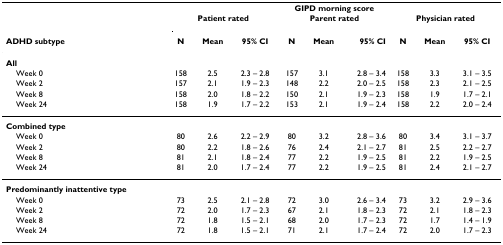
|  | <COLSPAN=9> GIPD morning score |
 |  | <COLSPAN=3> Patient rated | <COLSPAN=3> Parent rated | <COLSPAN=3> Physician rated |
 | ADHD subtype | N | Mean | 95% CI | N | Mean | 95% CI | N | Mean | 95% CI |
 | --- | --- | --- | --- | --- | --- | --- | --- | --- | --- |
 | All |  |  |  |  |  |  |  |  |  |
 | Week 0 | 158 | 2.5 | 2.3 – 2.8 | 157 | 3.1 | 2.8 – 3.4 | 158 | 3.3 | 3.1 – 3.5 |
 | Week 2 | 157 | 2.1 | 1.9 – 2.3 | 148 | 2.2 | 2.0 – 2.5 | 158 | 2.3 | 2.1 – 2.5 |
 | Week 8 | 158 | 2.0 | 1.8 – 2.2 | 150 | 2.1 | 1.9 – 2.3 | 158 | 1.9 | 1.7 – 2.1 |
 | Week 24 | 158 | 1.9 | 1.7 – 2.2 | 153 | 2.1 | 1.9 – 2.4 | 158 | 2.2 | 2.0 – 2.4 |
 | Combined type |  |  |  |  |  |  |  |  |  |
 | Week 0 | 80 | 2.6 | 2.2 – 2.9 | 80 | 3.2 | 2.8 – 3.6 | 80 | 3.4 | 3.1 – 3.7 |
 | Week 2 | 80 | 2.2 | 1.8 – 2.6 | 76 | 2.4 | 2.1 – 2.7 | 81 | 2.5 | 2.2 – 2.7 |
 | Week 8 | 81 | 2.1 | 1.8 – 2.4 | 77 | 2.2 | 1.9 – 2.5 | 81 | 2.2 | 1.9 – 2.5 |
 | Week 24 | 81 | 2.0 | 1.7 – 2.4 | 77 | 2.2 | 1.9 – 2.5 | 81 | 2.4 | 2.1 – 2.7 |
 | Predominantly inattentive type |  |  |  |  |  |  |  |  |  |
 | Week 0 | 73 | 2.5 | 2.1 – 2.8 | 72 | 3.0 | 2.6 – 3.4 | 73 | 3.2 | 2.9 – 3.6 |
 | Week 2 | 72 | 2.0 | 1.7 – 2.3 | 67 | 2.1 | 1.8 – 2.3 | 72 | 2.1 | 1.8 – 2.3 |
 | Week 8 | 72 | 1.8 | 1.5 – 2.1 | 68 | 2.0 | 1.7 – 2.3 | 72 | 1.7 | 1.4 – 1.9 |
 | Week 24 | 72 | 1.8 | 1.5 – 2.1 | 71 | 2.1 | 1.7 – 2.4 | 72 | 2.0 | 1.7 – 2.3 |